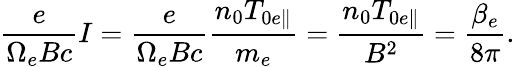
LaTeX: \frac{e}{\Omega_{e}Bc}I=\frac{e}{\Omega_{e}Bc}\frac{n_{0}T_{0e\parallel}}{m_{e}}=\frac{n_{0}T_{0e\parallel}}{B^{2}}=\frac{\beta_{e}}{8\pi}.